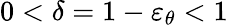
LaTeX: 0<\delta=1-\varepsilon_{\theta}<1